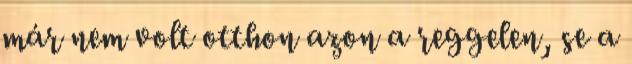
már nem volt otthon azon a reggelen, se a